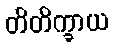
တိတိက္ခာယ